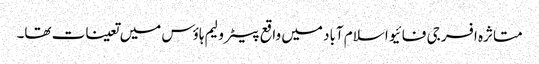
متاثرہ افسر جی فائیو اسلام آباد میں واقع پیٹرولیم ہاؤس میں تعینات تھا۔